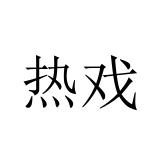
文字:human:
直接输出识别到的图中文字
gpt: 热戏